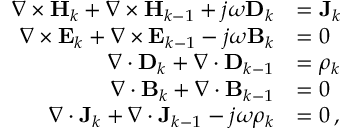
\begin{array} { r l } { \nabla \times \mathbf { H } _ { k } + \nabla \times \mathbf { H } _ { k - 1 } + j \omega \mathbf { D } _ { k } } & { = \mathbf { J } _ { k } } \\ { \nabla \times \mathbf { E } _ { k } + \nabla \times \mathbf { E } _ { k - 1 } - j \omega \mathbf { B } _ { k } } & { = 0 } \\ { \nabla \cdot \mathbf { D } _ { k } + \nabla \cdot \mathbf { D } _ { k - 1 } } & { = \rho _ { k } } \\ { \nabla \cdot \mathbf { B } _ { k } + \nabla \cdot \mathbf { B } _ { k - 1 } } & { = 0 } \\ { \nabla \cdot \mathbf { J } _ { k } + \nabla \cdot \mathbf { J } _ { k - 1 } - j \omega \rho _ { k } } & { = 0 \, , } \end{array}